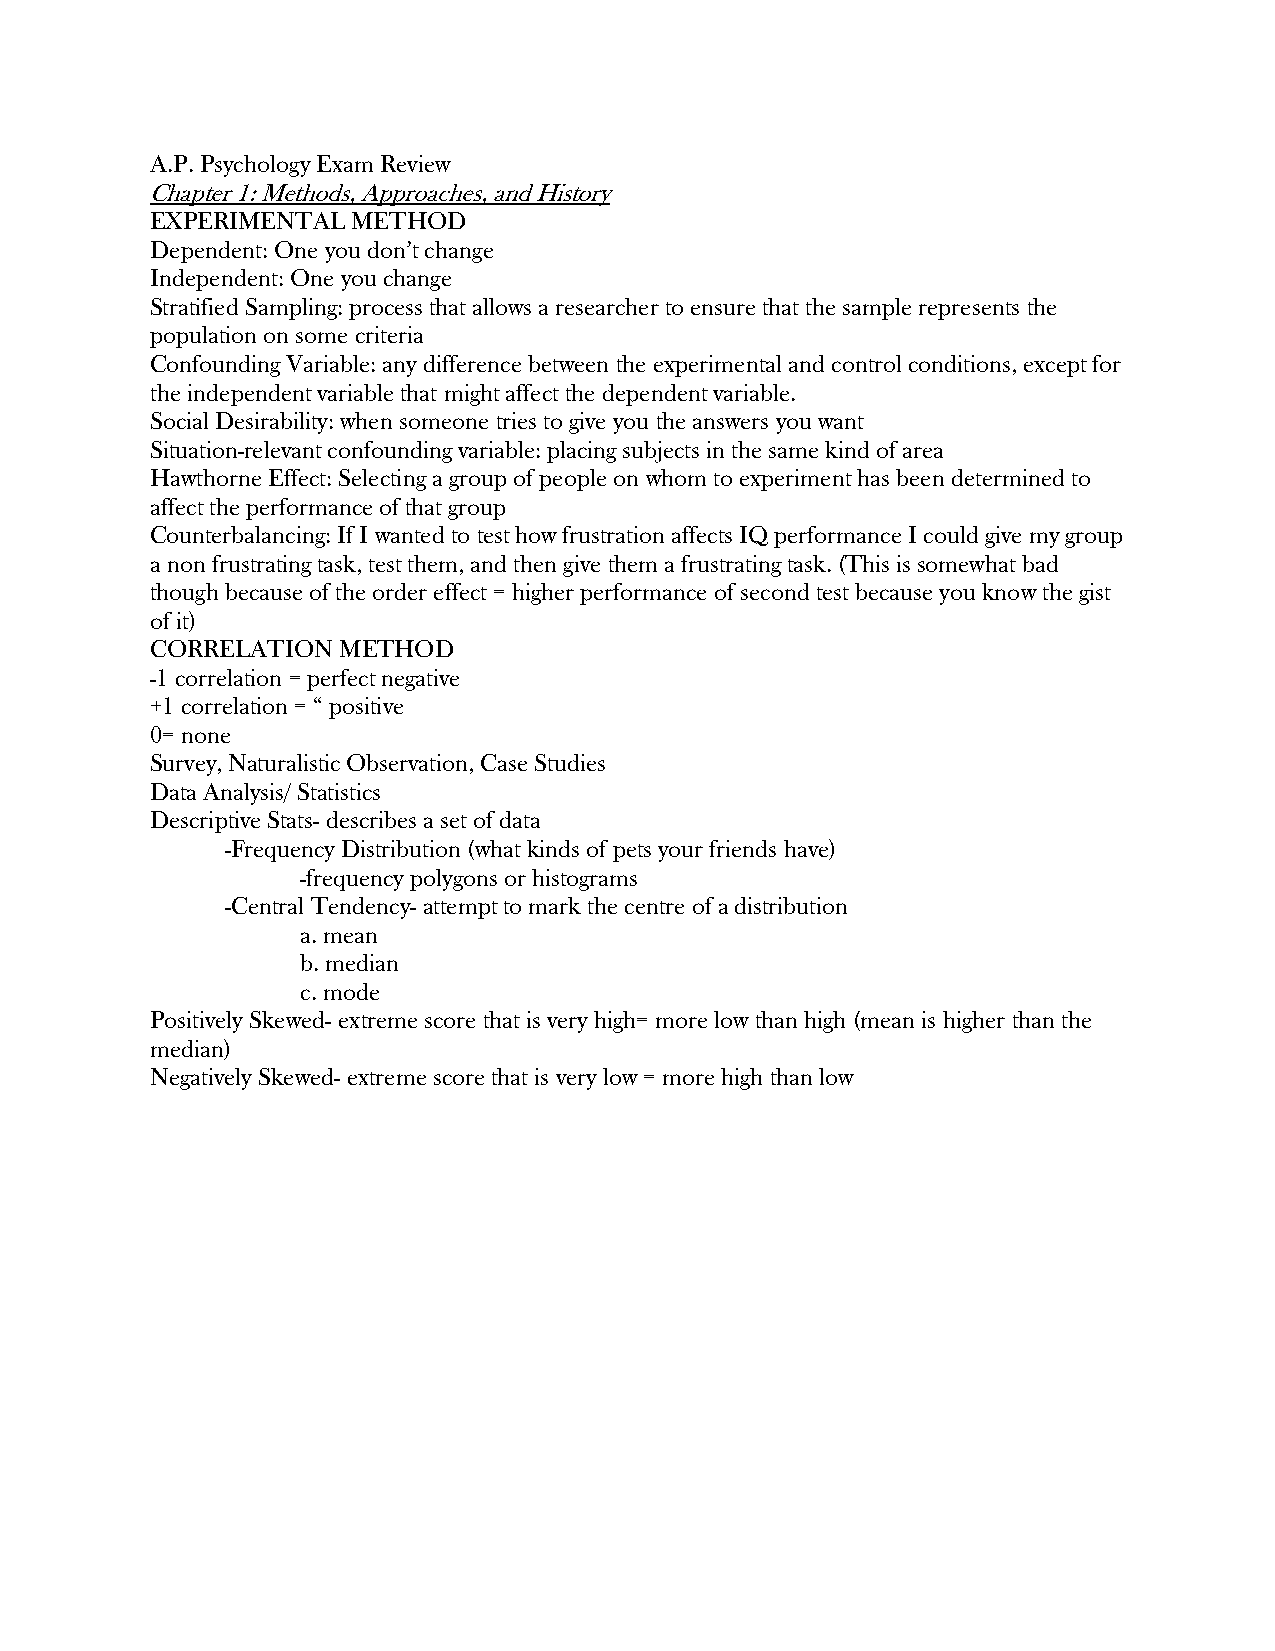
A.P. Psychology Exam Review
 Chapter 1: Methods, Approaches, and History
 EXPERIMENTAL METHOD
 Dependent: One you don’t change
 Independent: One you change
 Stratified Sampling: process that allows a researcher to ensure that the sample represents the
 population on some criteria
 Confounding Variable: any difference between the experimental and control conditions, except for
 the independent variable that might affect the dependent variable.
 Social Desirability: when someone tries to give you the answers you want
 Situation-relevant confounding variable: placing subjects in the same kind of area
 Hawthorne Effect: Selecting a group of people on whom to experiment has been determined to
 affect the performance of that group
 Counterbalancing: If I wanted to test how frustration affects IQ performance I could give my group
 a non frustrating task, test them, and then give them a frustrating task. (This is somewhat bad
 though because of the order effect = higher performance of second test because you know the gist
 of it)
 CORRELATION METHOD
 -1 correlation = perfect negative
 +1 correlation = “ positive
 0= none
 Survey, Naturalistic Observation, Case Studies
 Data Analysis/ Statistics
 Descriptive Stats- describes a set of data
 -Frequency Distribution (what kinds of pets your friends have)
 -frequency polygons or histograms
 -Central Tendency- attempt to mark the centre of a distribution
 a. mean
 b. median
 c. mode
 Positively Skewed- extreme score that is very high= more low than high (mean is higher than the
 median)
 Negatively Skewed- extreme score that is very low = more high than low